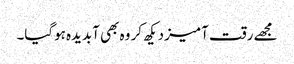
مجھے رقت آمیز دیکھ کر وہ بھی آبدیدہ ہوگیا۔